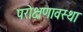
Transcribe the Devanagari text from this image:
परोक्षणावस्था